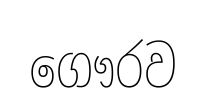
ගෞරව